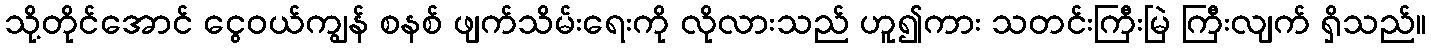
သို့တိုင်အောင် ငွေဝယ်ကျွန် စနစ် ဖျက်သိမ်းရေးကို လိုလားသည် ဟူ၍ကား သတင်းကြီးမြဲ ကြီးလျက် ရှိသည်။